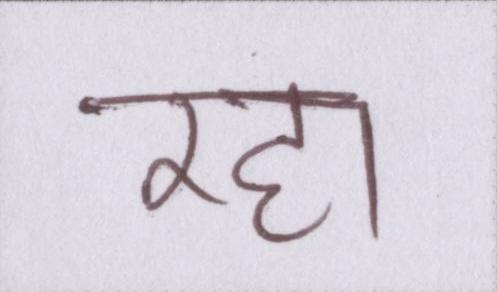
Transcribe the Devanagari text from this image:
रहा